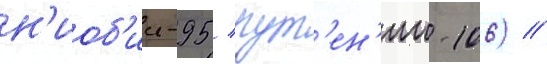
н'иоб'ии-95 / рут'ен'ии-106) //